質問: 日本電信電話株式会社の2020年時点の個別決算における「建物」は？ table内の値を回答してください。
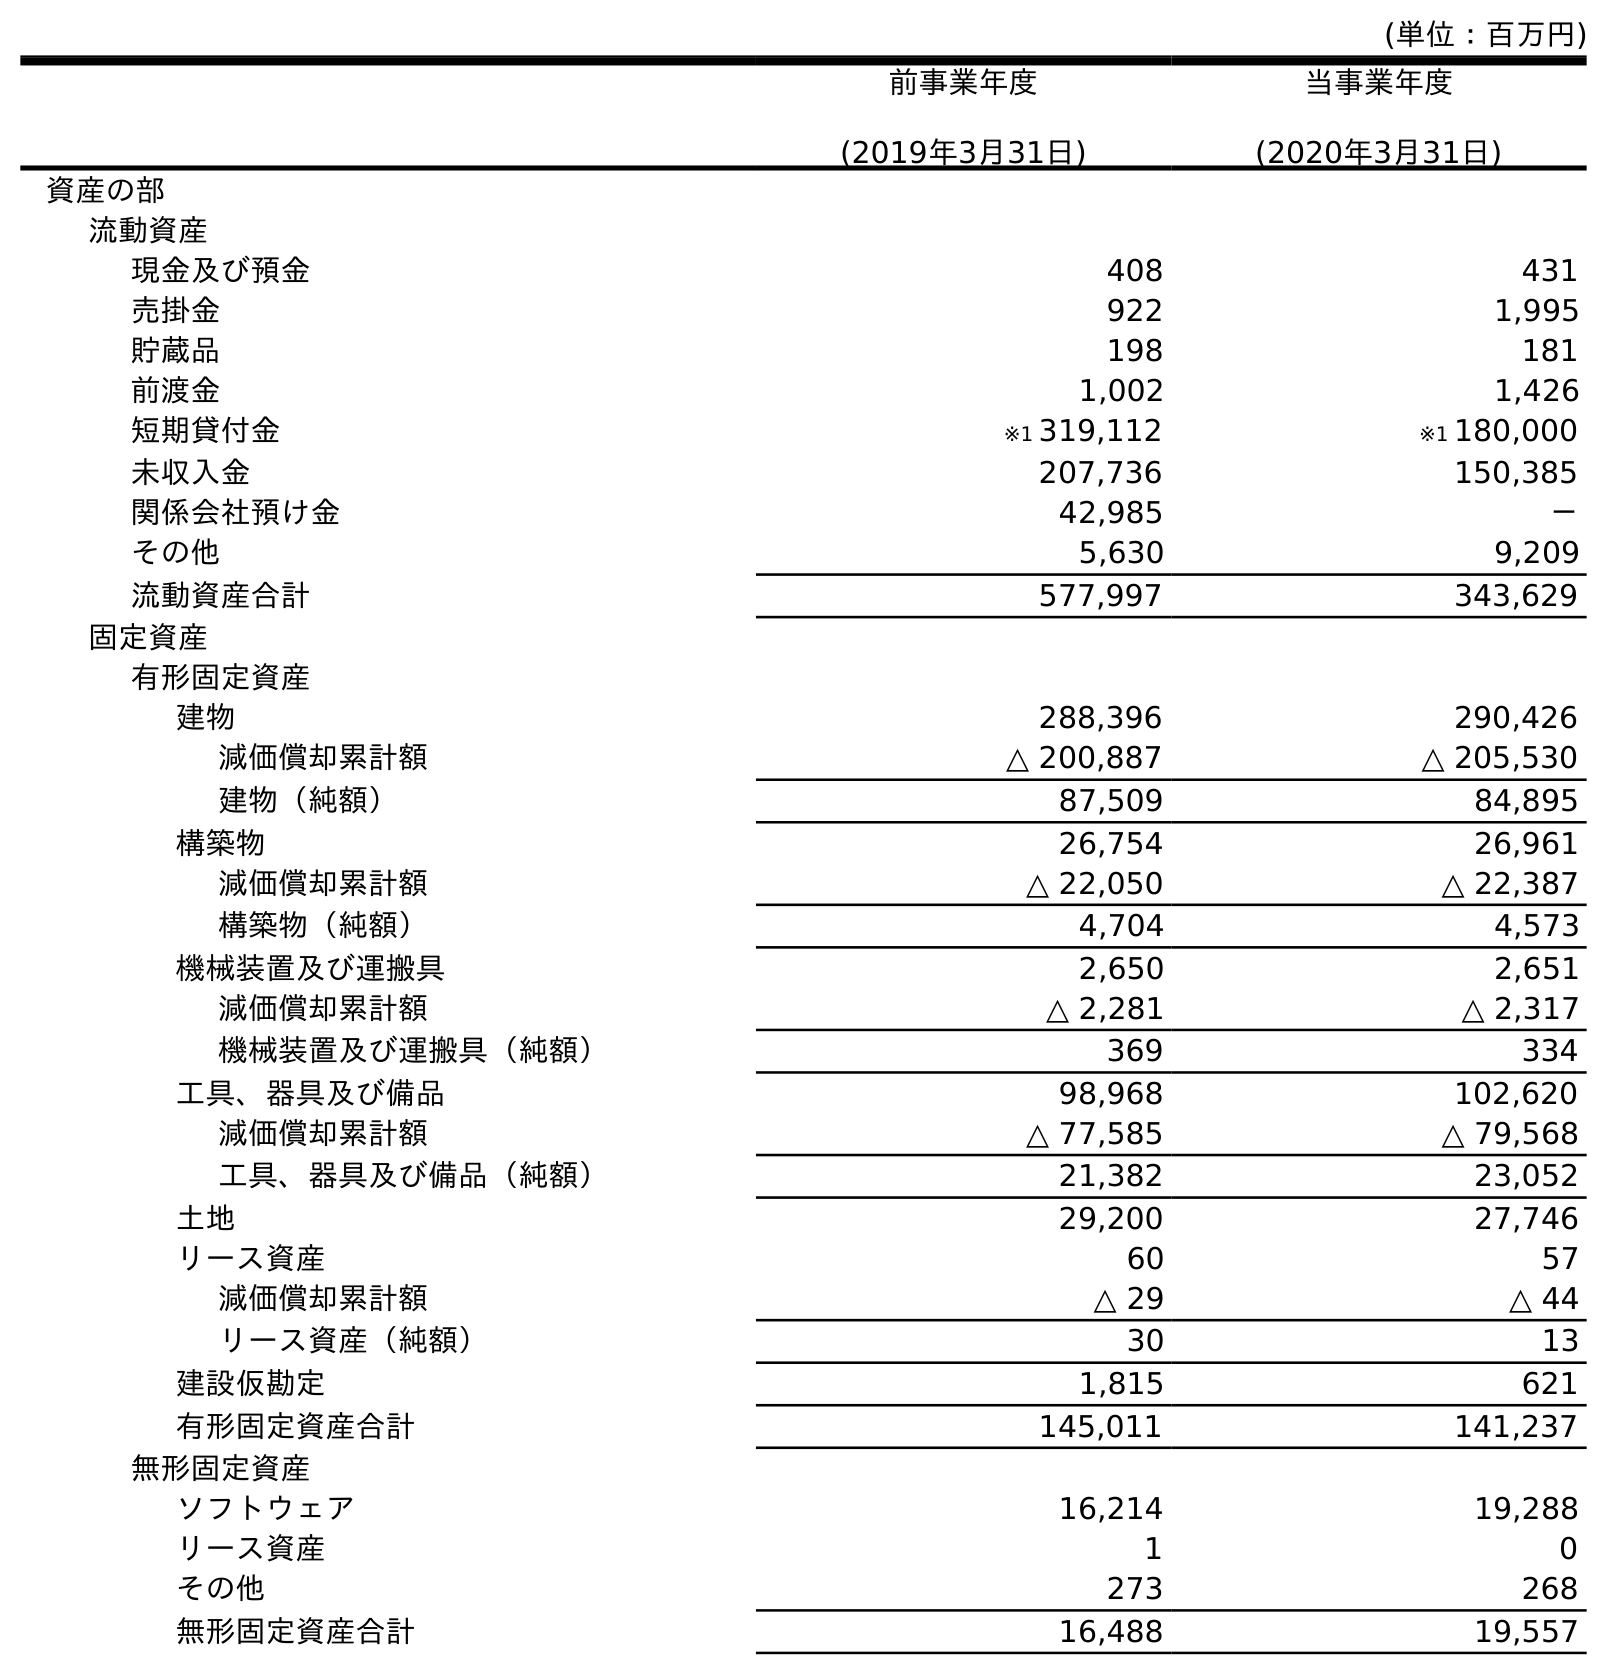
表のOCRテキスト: (単位：百万円) 前事業年度 (2019年3月31日) 当事業年度 (2020年3月31日) 資産の部 流動資産 現金及び預金 408 431 売掛金 922 1,995 貯蔵品 198 181 前渡金 1,002 1,426 短期貸付金 ※1 319,112 ※1 180,000 未収入金 207,736 150,385 関係会社預け金 42,985 － その他 5,630 9,209 流動資産合計 577,997 343,629 固定資産 有形固定資産 建物 288,396 290,426 減価償却累計額 △ 200,887 △ 205,530 建物（純額） 87,509 84,895 構築物 26,754 26,961 減価償却累計額 △ 22,050 △ 22,387 構築物（純額） 4,704 4,573 機械装置及び運搬具 2,650 2,651 減価償却累計額 △ 2,281 △ 2,317 機械装置及び運搬具（純額） 369 334 工具、器具及び備品 98,968 102,620 減価償却累計額 △ 77,585 △ 79,568 工具、器具及び備品（純額） 21,382 23,052 土地 29,200 27,746 リース資産 60 57 減価償却累計額 △ 29 △ 44 リース資産（純額） 30 13 建設仮勘定 1,815 621 有形固定資産合計 145,011 141,237 無形固定資産 ソフトウェア 16,214 19,288 リース資産 1 0 その他 273 268 無形固定資産合計 16,488 19,557
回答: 290,426